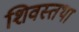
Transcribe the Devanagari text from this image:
शिवस्तथा